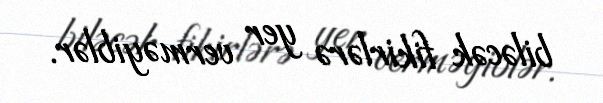
biləcək fikirlərə yer verməyiblər.